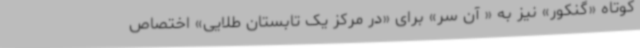
کوتاه «گنکور» نیز به « آن سر» برای «در مرکز یک تابستان طلایی» اختصاص